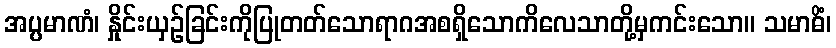
အပ္ပမာဏံ၊ နှိုင်းယှဉ်ခြင်းကိုပြုတတ်သောရာဂအစရှိသောကိလေသာတို့မှကင်းသော။ သမာဓိံ၊